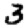
Digit: 3